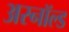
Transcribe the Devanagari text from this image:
अरनॉल्‍ड